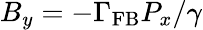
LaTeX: B_{y}=-\Gamma_{\mathrm{FB}}P_{x}/\gamma